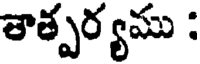
తాత్పర్యము :